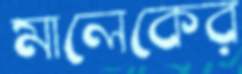
মালেকের